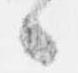
候